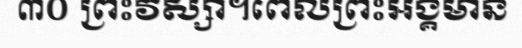
៣០ ព្រះវស្សា។ពេលព្រះអង្គមាន